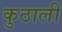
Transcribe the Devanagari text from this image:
कुठाली